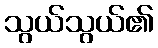
သွယ်သွယ်၏